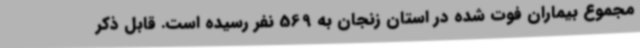
مجموع بیماران فوت شده در استان زنجان به 569 نفر رسیده است. قابل ذکر